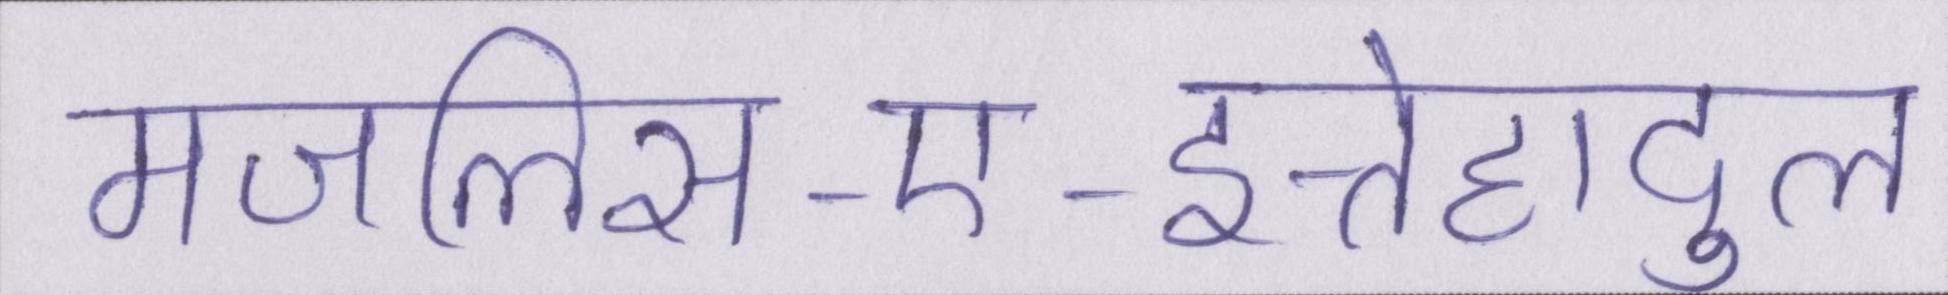
मजलिस-ए-इत्तेहादुल